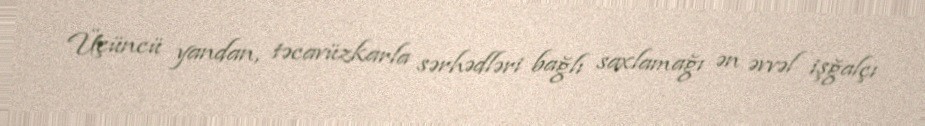
Üçüncü yandan, təcavüzkarla sərhədləri bağlı saxlamağı ən əvvəl işğalçı